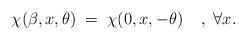
LaTeX: \begin{align*}\chi(\beta,x,\theta) \;=\; \chi(0,x,-\theta) \;\;\;\;,\; \forall x.\end{align*}